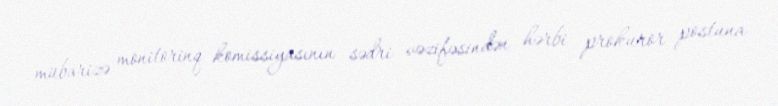
mübarizə monitorinq komissiyasının sədri vəzifəsindən hərbi prokuror postuna